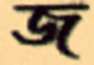
জ